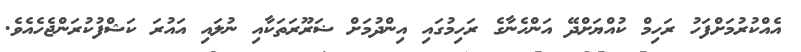
އެއްކުރުމަށްފަހު ރަހިމް ކުއްޔަށްދޭ އަންހެނާގެ ރަހިމުގައި އިންދުމަށް ޟަރޫރަތަކާއި ނުލައި އައުރަ ކަޝްފުކުރަންޖެހެއެވެ.